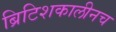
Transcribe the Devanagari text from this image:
ब्रिटिशकालीनच